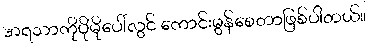
အရသာကိုပိုမိုပေါ်လွင် ကောင်းမွန်စေတာဖြစ်ပါတယ်။